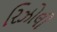
રિઝોલી